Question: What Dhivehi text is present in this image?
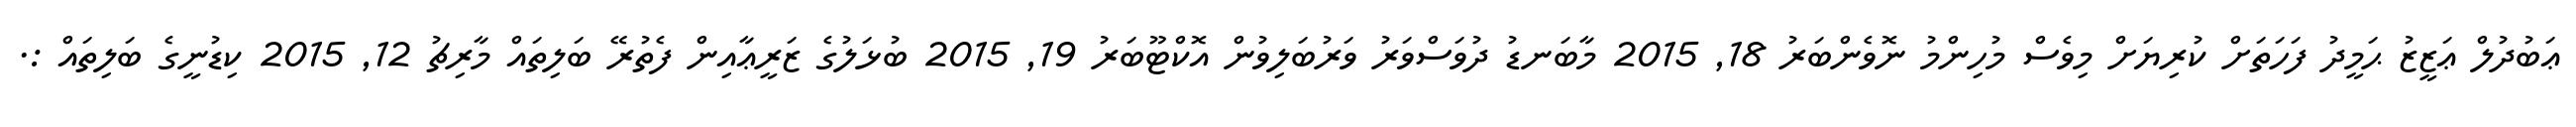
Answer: ޢަބުދުލް ޢަޒީޒު ޙަމީދު ފަހަތަށް ކުރިޔަށް މިވެސް މުހިންމު ނޮވެންބަރު 18, 2015 މާބަނޑު ދުވަސްވަރު ވަރުބަލިވުން އޮކްޓޫބަރު 19, 2015 ބުޅަލުގެ ޒަރީޢާއިން ފެތުރޭ ބަލިތައް މާރިޗު 12, 2015 ކިޑުނީގެ ބަލިތައް :.